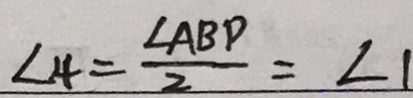
\angle 4 = \frac { \angle A B D } { 2 } = \angle 1